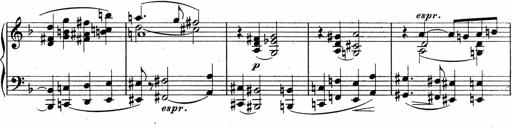
Title: Sonatina No.5
Composer: Otto Stoll
Key: F-sharp minor